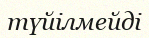
түйілмейді